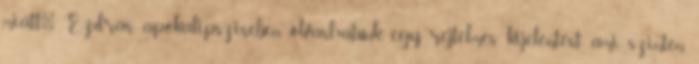
miatt." Ezdrás apokalipszisében olvashatunk egy rejtelmes kijelentést, ami szintén